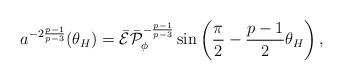
LaTeX: \begin{align*}a^{-2{{p-1}\over{p-3}}}(\theta_H)=\bar{\cal E}\bar{\cal P}^{-{{p-1}\over{p-3}}}_{\phi}\sin\left({\pi\over 2}-{{p-1}\over 2}\theta_H\right),\end{align*}